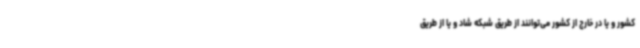
کشور و یا در خارج از کشور می‌توانند از طریق شبکه شاد و یا از طریق